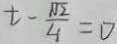
t - \frac { \sqrt { 2 } } { 4 } = \Delta